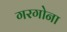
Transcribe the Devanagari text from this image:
गरगोना